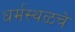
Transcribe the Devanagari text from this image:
धर्मस्थळचे